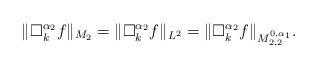
LaTeX: \begin{align*}\|\Box_k^{\alpha_2}f\|_{M_2}=\|\Box_k^{\alpha_2}f\|_{L^2}=\|\Box_k^{\alpha_2}f\|_{M_{2,2}^{0,\alpha_1}}.\end{align*}